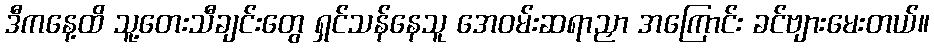
ဒီကနေ့ထိ သူ့တေးသီချင်းတွေ ရှင်သန်နေသူ အေဝမ်းဆရာညှာ အကြောင်း ခင်ဗျားမေးတယ်။